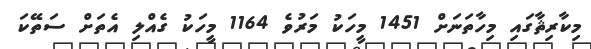
މިކާރިޘާގައި މިހާތަނަށް 1451 މީހަކު މަރުވެ 1164 މީހަކު ގެއްލި އެތަށް ސަތޭކަ